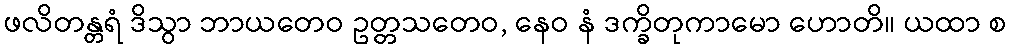
ဖလိတန္တရံ ဒိသွာ ဘာယတေဝ ဥတ္တသတေဝ, နေဝ နံ ဒက္ခိတုကာမော ဟောတိ။ ယထာ စ